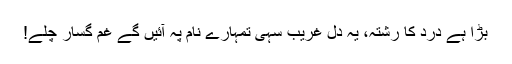
بڑا ہے درد کا رشتہ، یہ دل غریب سہی تمہارے نام پہ آئیں گے غم گسار چلے!